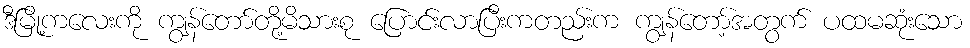
ဒီမြို့ကလေးကို ကျွန်တော်တို့မိသားစု ပြောင်းလာပြီးကတည်းက ကျွန်တော့်အတွက် ပထမဆုံးသော